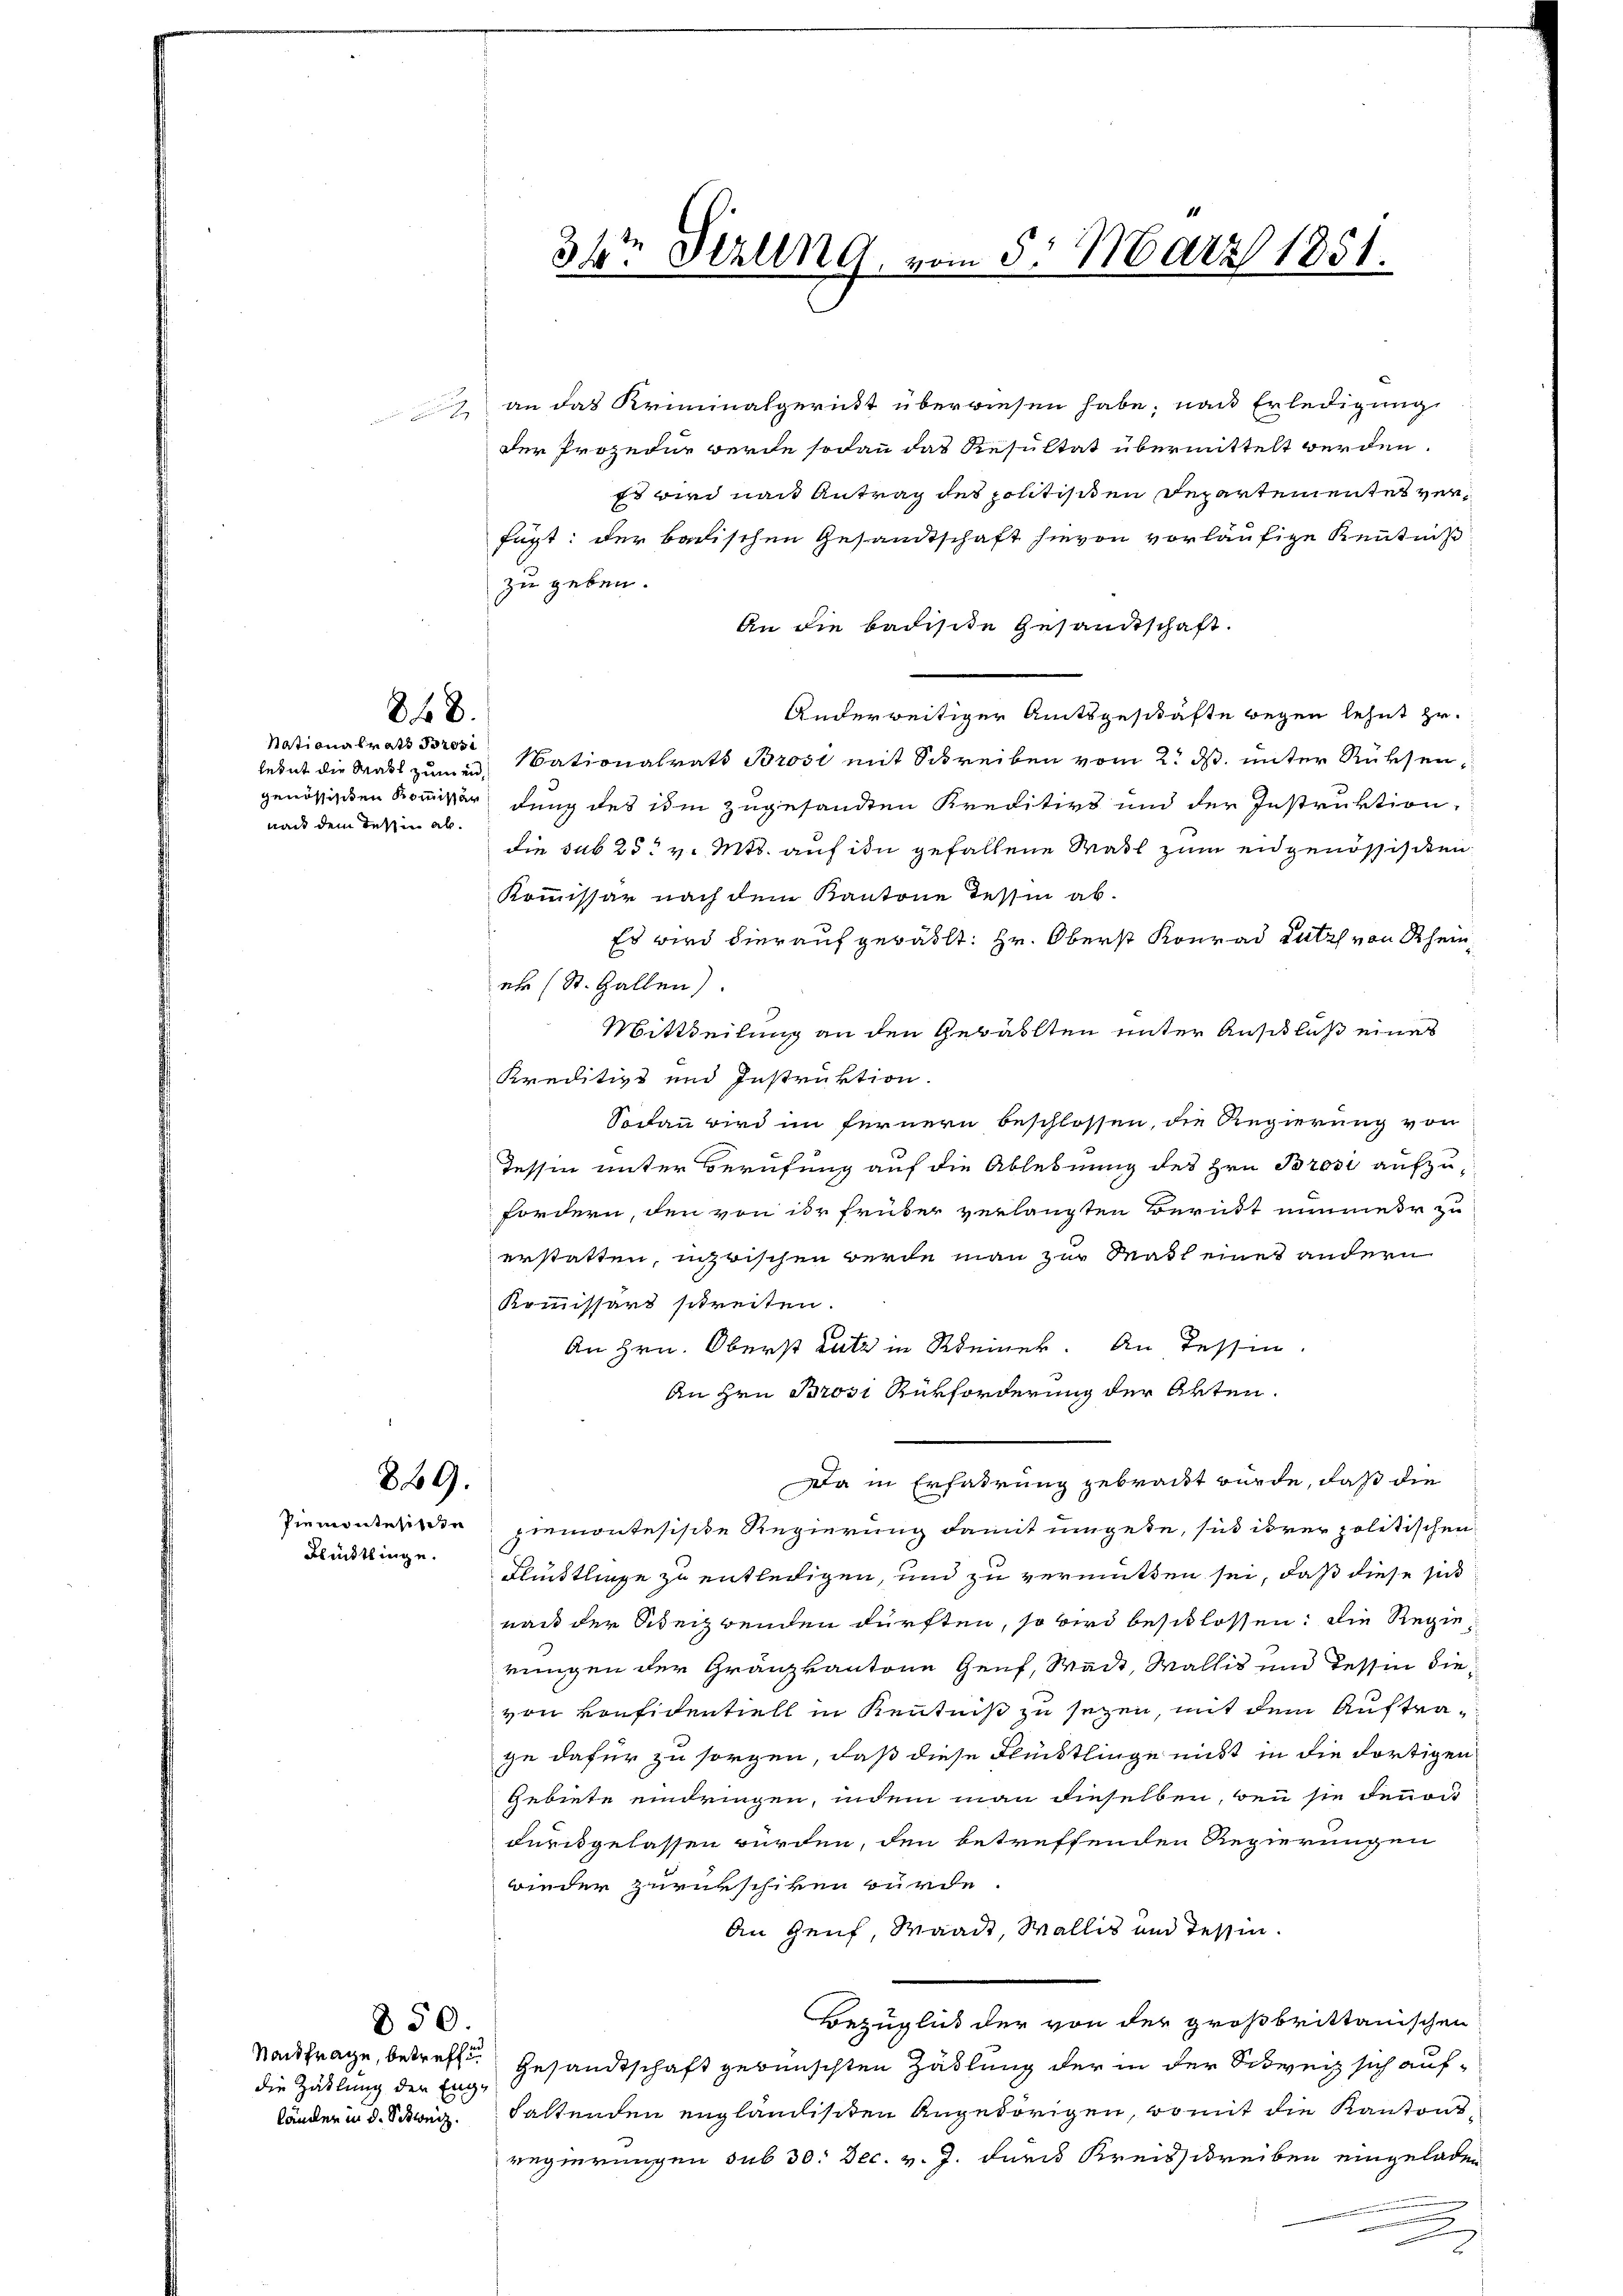
Nationalrats Bröse
nach dem Tessin ab¬

848.

869.
Blindtlinge.

die Zahlung der Eng¬

850.

3te Perling, vom 5. März 1851.

an das Kriminalgericht überwiesen habe; nach Erledigung
der Prozedur werde sodann das Resultat übermittelt werden.
Es wird nach Antrag des politisiten Departementes verfügt: der badischen Gesandtschaft hievon vorläufige Kenntniß
zu geben.
An die badisite Gesandtschaft.
Anderweitiger Amtsgeschäfte wegen lehnt zu.
letet die Wahl zuminationalrats Brosi mit Schreiben vom 2. ds. unter Rüksengenössischen Kommissär dung des ihm zugesandten Kreditivs und der Instruktion.
die sub 25t v. Mts. auf ihn gefallene Wahl zum eidgenössischen
Kommissär nach dem Kantone Tessin ab¬
Es wird hierauf gewählt: Hr. Oberst Konrad Lutz von Rheinet (St. Gallen)
Mittheilung an den Gebäulten unter Anschluß eines
Kreditivs und Instruktion.
Sodann wird im fernern beschlossen, die Regierung von
Tessin unter Berufung auf die Ablebnung des Hrn. Brosi aufzufordern, den von der früher verlangten Beruht nimmer zu
erstatten, inzwischen werde man zur Mass eines andern
Kommissärs schreiten.
An Hrn. Oberst Lutz in Kleiner. An Tessin
An Hrn Brosi Rükforderung der Akten.
Da in Erfahrung gebracht würde, daß die
Viemontere Piemontesische Regierung damit umgebe, sie ihrer politischen
Flüchtlinge zu entledigen, und zu vermitten sei, daß diese sich
nach der Scheibenden dürften, so wird beschlossen; die Regierungen der Gränzkantone Genf, Wait, Wallis und Tessin dievon Konfidentiell in Kenntniß zu seyen, mit dem Auftrage dafür zu sorgen, daß diese Flüchtlinge nicht in die dortigen
Gebiete eindringen, indem man dieselben, wen sie denen
durchgelassen würden, den betreffenden Regierungen
wieder zurückschiken würde.
An Genf, Waadt, Wallis und Tessin.
Bezüglick der von der großbrittanischen
Nachfrage, betreffe. Gesandtschaft gewünschten Zählung der in der Schweiz sich aufländer in d. Schweg haltenden engländischen Angehörigen, womit die Kantonsregierungen sub 30: Dec. v. J. durch Kreisschreiben eingeladen